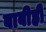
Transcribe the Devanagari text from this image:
बाबीही